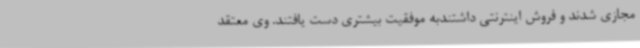
مجازی شدند و فروش اینترنتی داشتندبه موفقیت بیشتری دست یافتند. وی معتقد